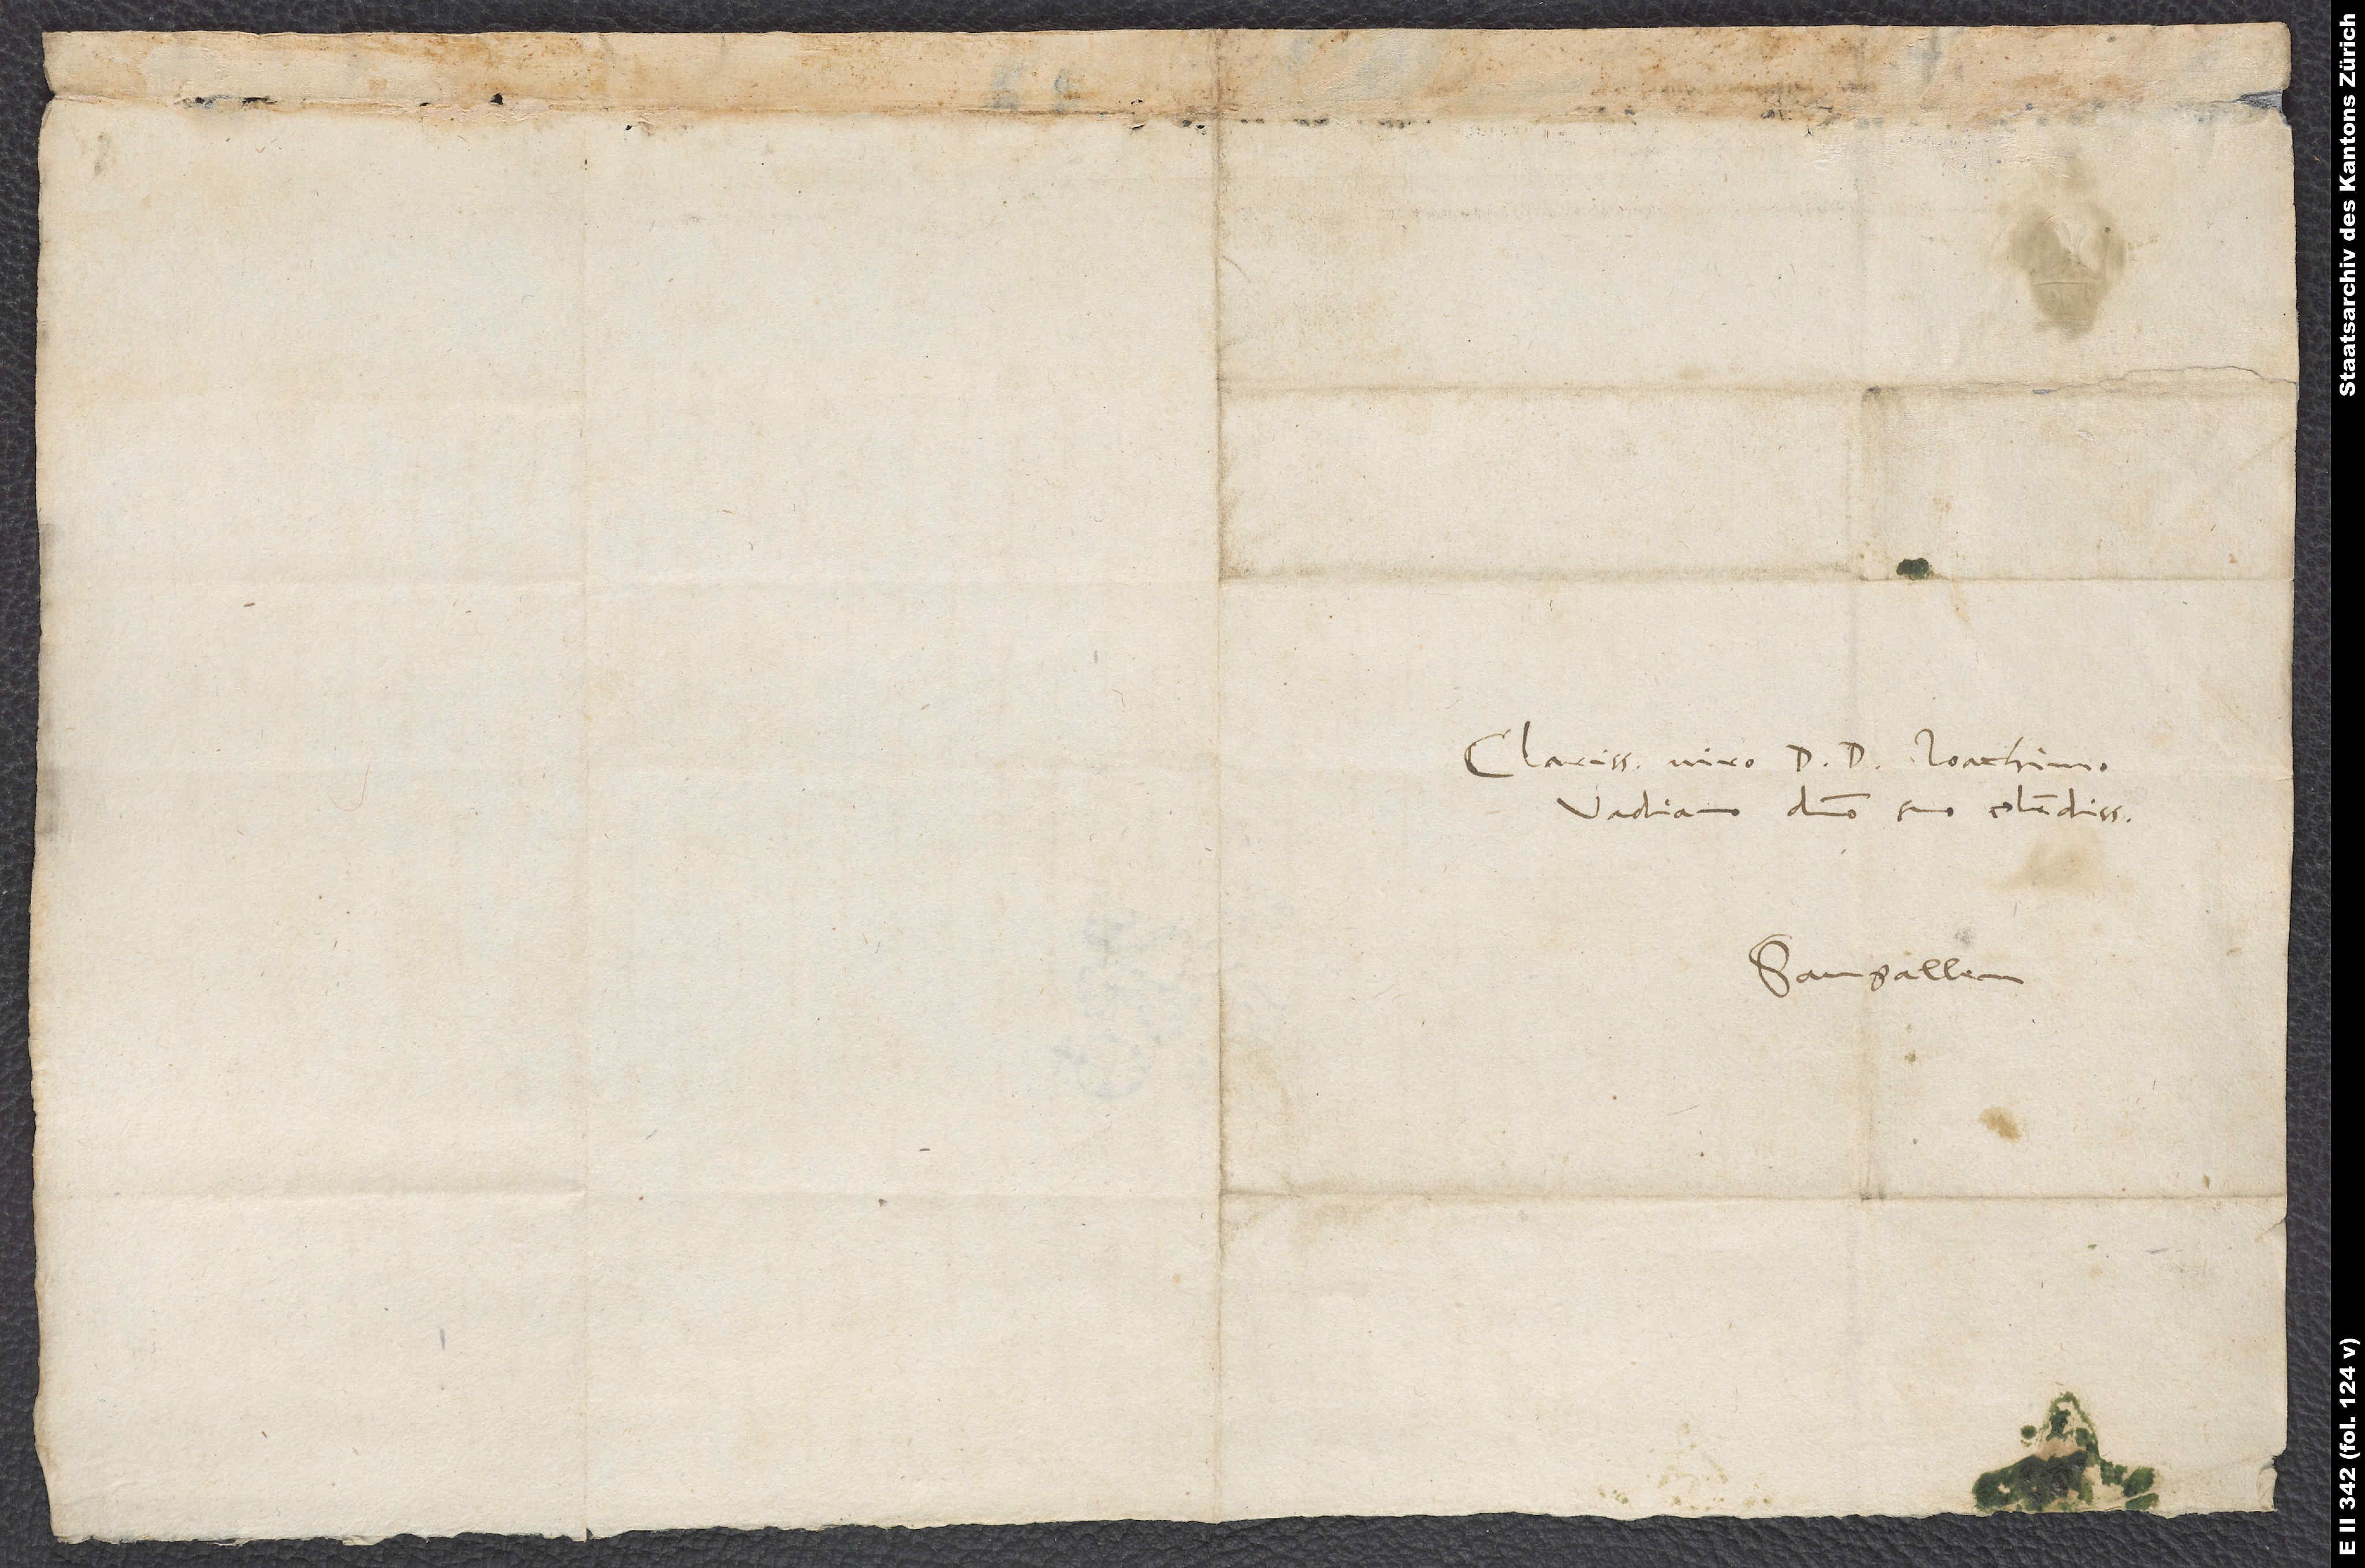
Clarissimo viro D. D. Ioachimo
Vadiano, domino suo colendissimo,
Sangallen,